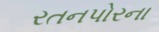
રતનપોરના